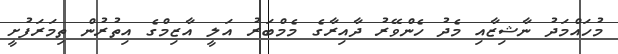
މުހައްމަދު ނާޝިޒާއި މެދު ހެންވޭރު ދާއިރާގެ މެމްބަރު އަލީ އާޒިމްގެ އިތުރުން ތިމަރަފުށީ